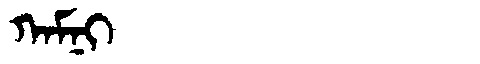
Manchu: ᡴᠠᠮᠨᡳ
Romanization: KAMNI